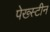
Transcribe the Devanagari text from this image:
पेख्स्टीन